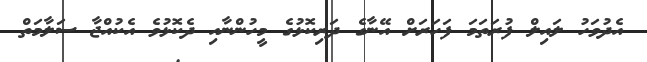
އެދުވަހު ލައިލް ފުރަތަމަ ފަހަރަށް އޭނާގެ ދަރިކޮޅުގެ މީހުންނާއި ދެކޮޅުވެ އެކުއްޖާ ސަލާމަތް